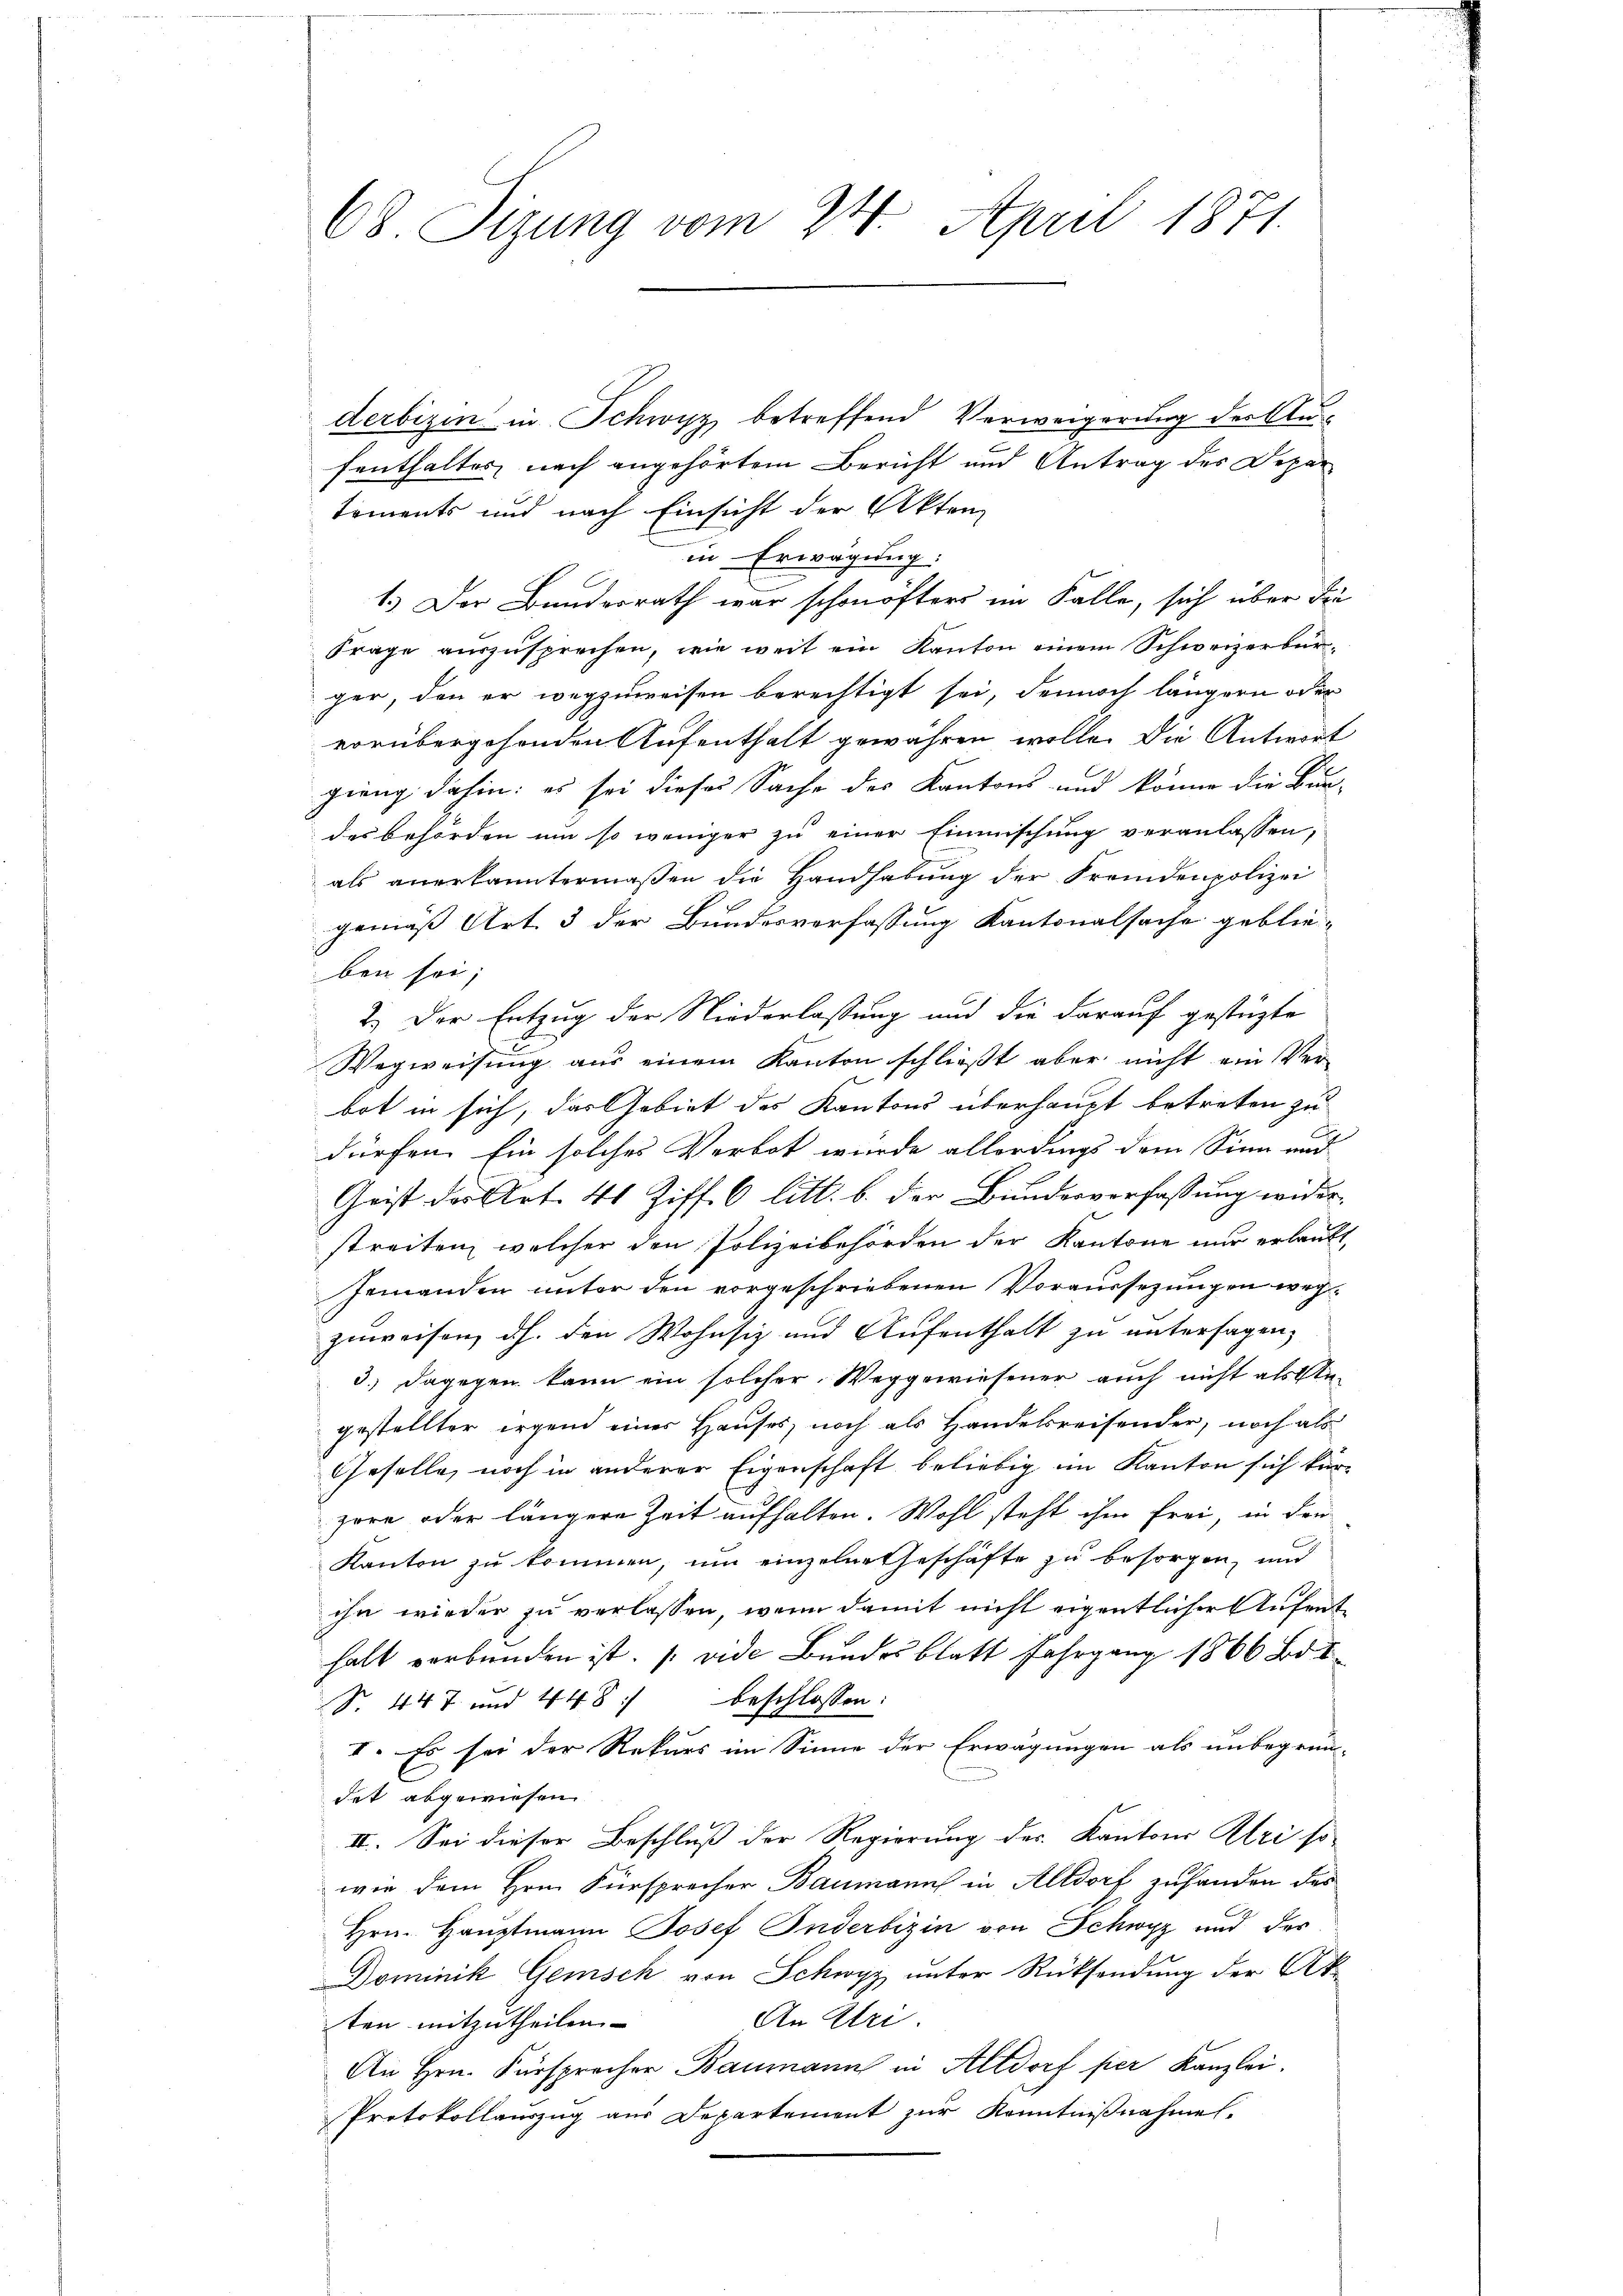
68. Sizung vom 24. April 1871.

derbigen in Schwyz betreffend Verweigerung der Aufenthaltes nach angehörtem Bericht und Antrag des Departements und nach Einsicht der Akten
in Erwägung:
1.) Der Bundesrath war schonöfters im Falle, sich über die
Frage auszusprechen, wie weit ein Kanton einem Schweizerbürger, den er wegzuweisen berechtigt sei, dennoch längern oder
vorübergehenden Aufenthalt gewähren wolle. Die Antwort
gieng dahin: es sei dieses Sache des Kantons und könne die Bur-
des Behörden um so weniger zu einer Einmischung veranlassen,
als anerkanntermassen die Handhabung der Fremdenpolizei
gemäß Art. 3 der Bundesverfassung Kantonalsache geblie-
ben sei;
2.) Der Entzug der Niederlassung und die darauf gestüzte
Wegweisŭng aus einem Kanton schlieβt aber nicht ein Ver-
bot in sich, das Gebiet des Kantons überhaupt betreten zu
dürfen. Ein solches Verbot wurde allerdings dem Sinn und
Geist der Art. 41 Ziff. 6 litt. b. der Bundesverfassung wider-
streiten, welcher den Polizeibehörden der Kantone nur erlaubt,
Jemanden unter den vorgeschriebenen Voraussezungen wegzuweisen, dh. den Wohnsiz und Aufenthalt zu untersagen,
3.) Dagegen kann ein solcher Weggewiesener auch nicht als An-
gestellter irgend eines Hauses, noch als Handelsreisender, noch als
Geselle, noch in anderer Eigenschaft beliebig im Kanton sich kürzore oder längere Zeit aufhalten. Wohl steht ihm frei, in den
Kanton zu kommen, um einzelne Geschäfte zu besorgen, und
ihn wieder zu verlassen, wenn damit nicht eigentlicher Aufenthalt verbunden ist. (vide Bundesblatt Fahrgang 1866 Bd. I
beschlossen:
Nr. 447 und 448
II. Es sei der Rekurs im Sinne der Erwägungen als unbegrün-
det abgewiesen.
II. Sei dieser Beschluß der Regierung des Kantons Uri so
wie dem Hrn. Fürsprecher Baumann in Altdorf zufanden das
Hrn. Haŭptmann Josef Inderbizin von Schwyz und des
Dominik Gemisch von Schwyz unter Rücksendung der Ak
An Uri.
ten mitzutheilen.
An Hrn. Fürsprecher Baumann in Altdorf per Kanzlei.
Protokollauszug aus Departement zur Kenntnißnahmen.